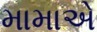
મામાએ